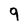
Character: 9